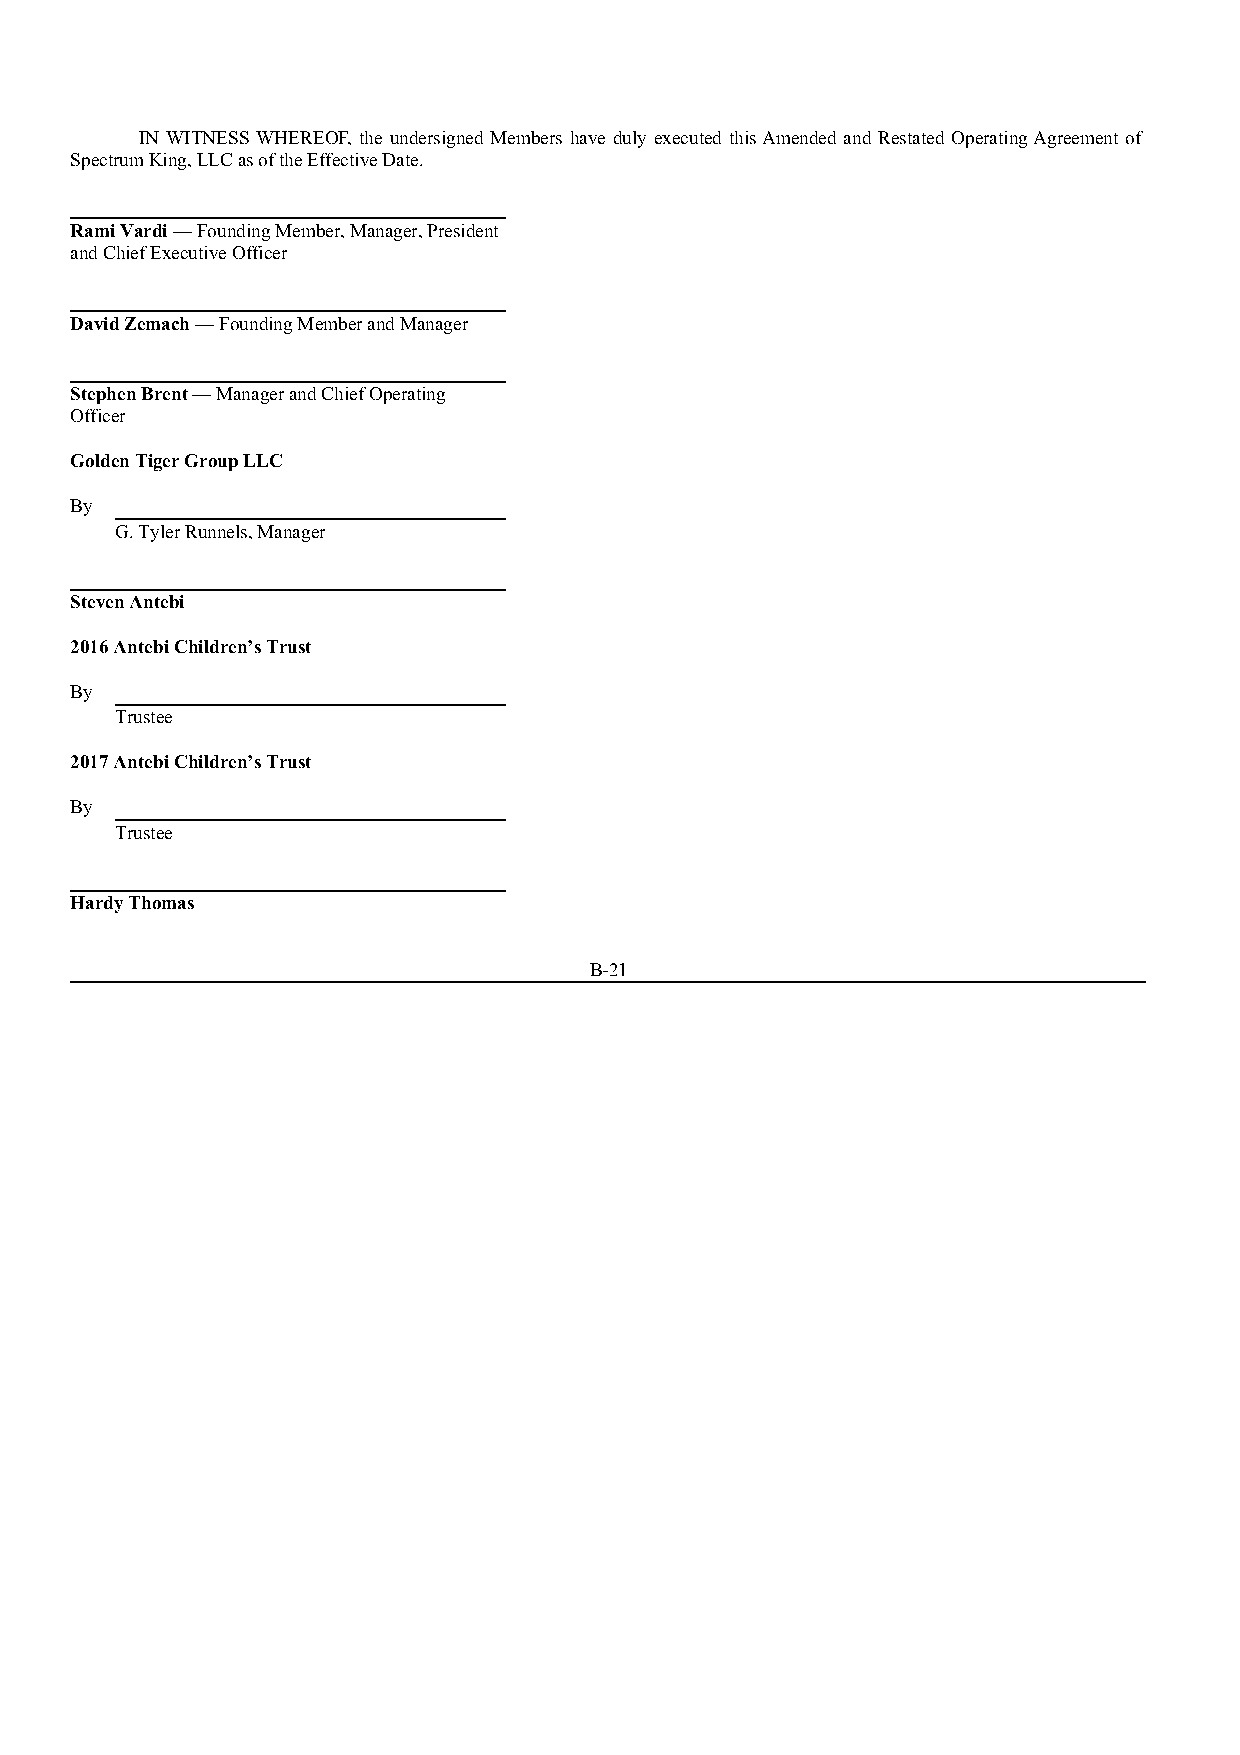
IN WITNESS WHEREOF, the undersigned Members have duly executed this Amended and Restated Operating Agreement of
 Spectrum King, LLC as of the Effective Date.
 Rami Vardi — Founding Member, Manager, President
 and Chief Executive Officer
 David Zemach — Founding Member and Manager
 Stephen Brent — Manager and Chief Operating
 Officer
 Golden Tiger Group LLC
 By
 G. Tyler Runnels, Manager
 Steven Antebi
 2016 Antebi Children’s Trust
 By
 Trustee
 2017 Antebi Children’s Trust
 By
 Trustee
 Hardy Thomas
 B-21